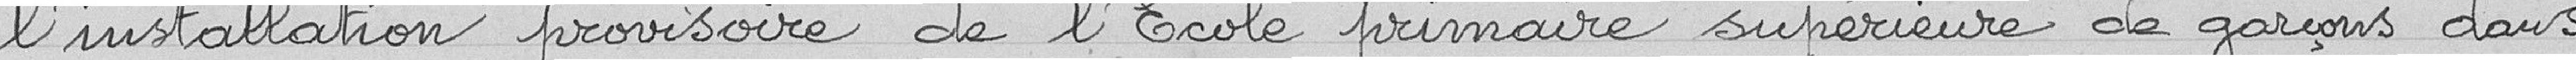
l'installation provisoire de l'Ecole primaire supérieure de garçons dans